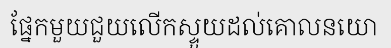
ផ្នែកមួយជួយលើកស្ទួយដល់គោលនយោ